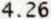
4.26